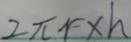
2 \pi r \times h